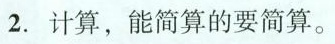
2.计算，能简算的要简算。